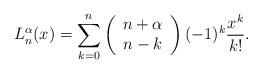
LaTeX: \begin{align*}L_n^{\alpha}(x)=\sum_{k=0}^n\left(\begin{array}{c}n+\alpha\\n-k\end{array}\right)(-1)^k\frac{x^k}{k!}.\end{align*}